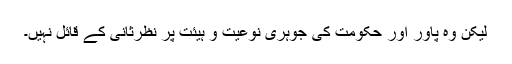
لیکن وہ پاور اور حکومت کی جوہری نوعیت و ہیئت پر نظرثانی کے قائل نہیں۔